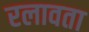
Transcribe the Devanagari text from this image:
रलावता